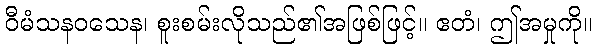
ဝီမံသနဝသေန၊ စူးစမ်းလိုသည်၏အဖြစ်ဖြင့်။ ဧတံ၊ ဤအမှုကို။